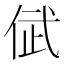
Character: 倵